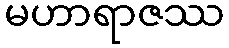
မဟာရာဇဿ